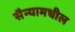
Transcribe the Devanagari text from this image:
सैन्यामधील